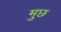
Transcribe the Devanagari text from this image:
मुछ